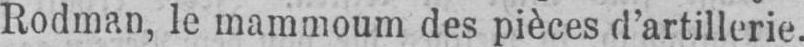
Rodman, le mammoum des pièces d’artillerie.